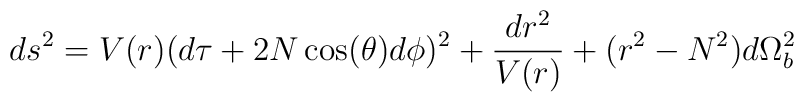
ds^2= V(r)(d\tau+ 2N\cos(\theta)d\phi)^2 + \frac{dr^2}{V(r)} + (r^2-N^2)d\Omega_b^2